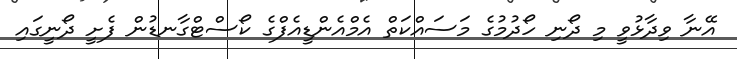
އޭނާ ވިދާޅުވީ މި ދޯނި ހޯދުމުގެ މަސައްކަތް އެމްއެންޑީއެފްގެ ކޯސްޓްގާނޑުން ފެށީ ދޯނީގައި